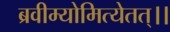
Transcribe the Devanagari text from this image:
ब्रवीम्योमित्येतत्।।